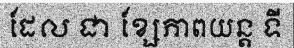
ដែល ជា ខ្សែភាពយន្ត ទី